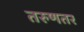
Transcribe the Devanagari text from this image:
तरुणतर